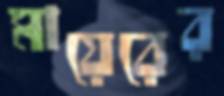
মায়েরের